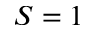
S = 1